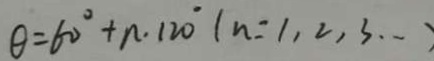
\theta = 6 0 ^ { \circ } + n . 1 2 0 ^ { \circ } ( n = 1 , 2 , 3 \cdots )